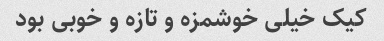
کیک خیلی خوشمزه و تازه و خوبی بود